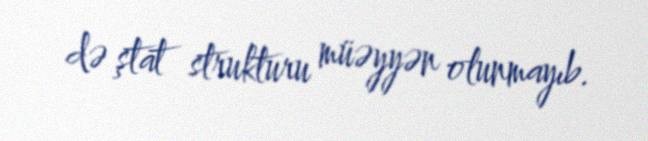
də ştat strukturu müəyyən olunmayıb.